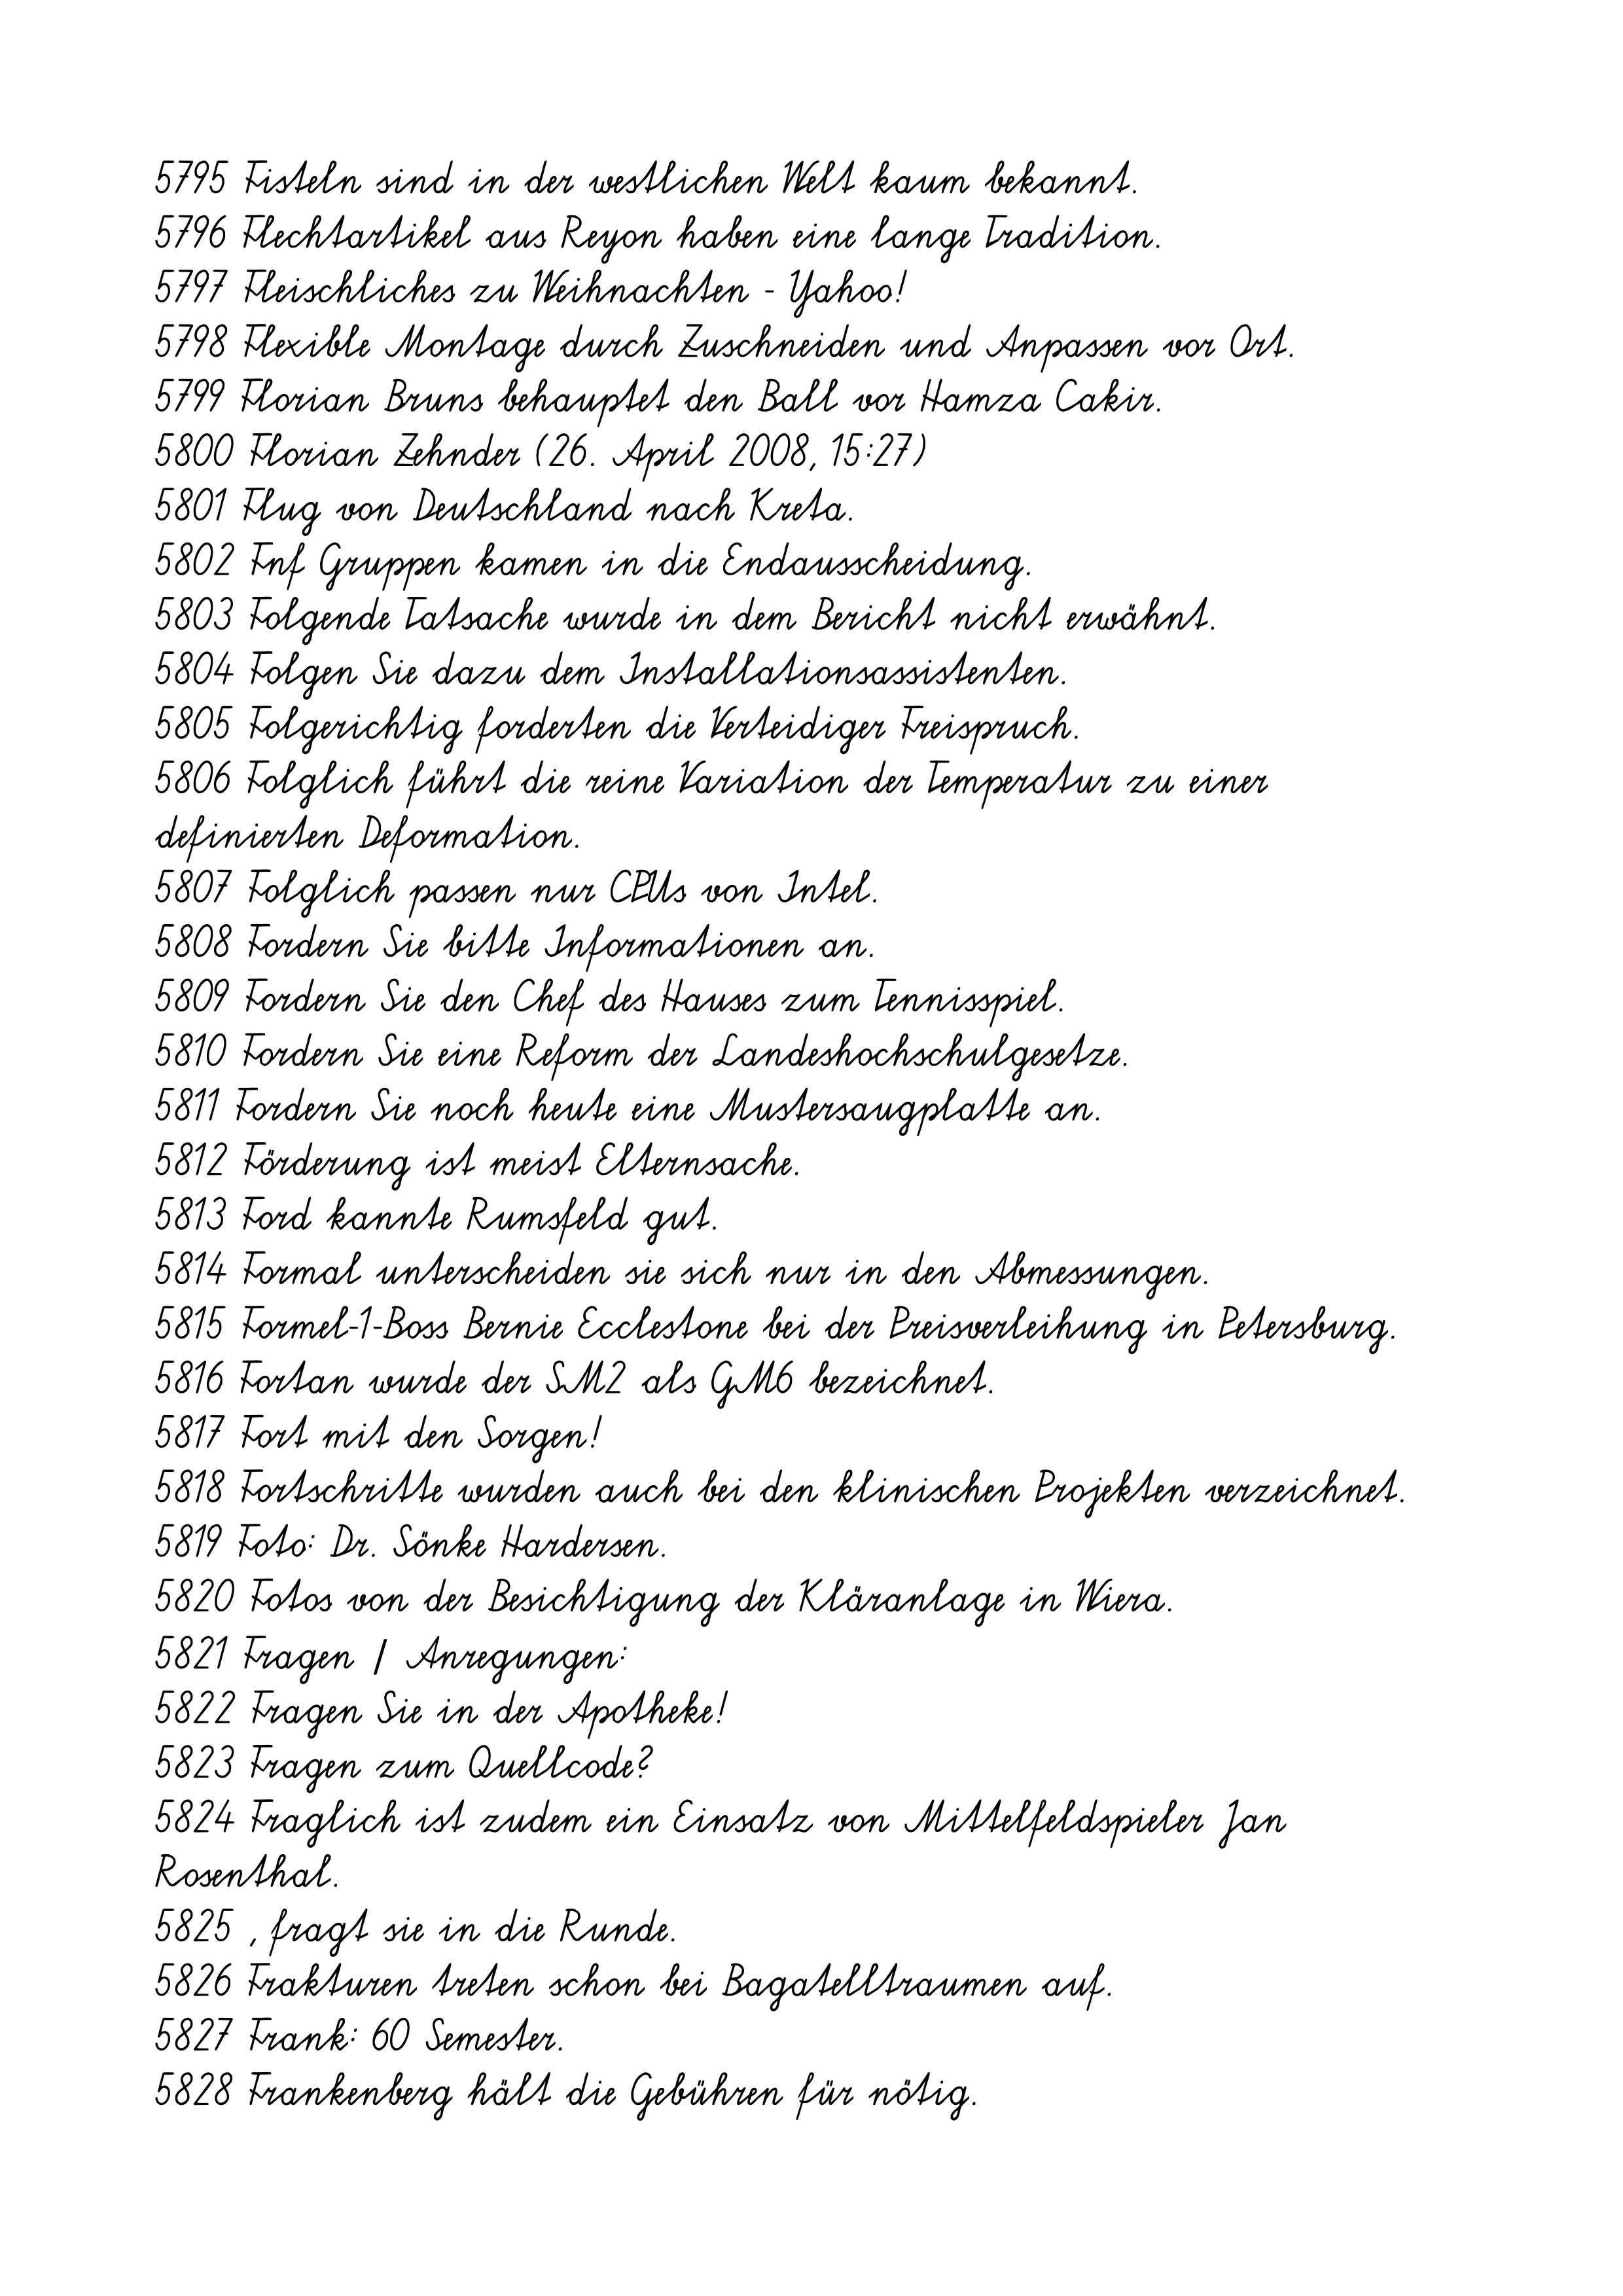
5795 Fisteln sind in der westlichen Welt kaum bekannt.
5796 Flechtartikel aus Reyon haben eine lange Tradition.
5797 Fleischliches zu Weihnachten - Yahoo!
5798 Flexible Montage durch Zuschneiden und Anpassen vor Ort.
5799 Florian Bruns behauptet den Ball vor Hamza Cakir.
5800 Florian Zehnder (26. April 2008, 15:27)
5801 Flug von Deutschland nach Kreta.
5802 Fnf Gruppen kamen in die Endausscheidung.
5803 Folgende Tatsache wurde in dem Bericht nicht erwähnt.
5804 Folgen Sie dazu dem Installationsassistenten.
5805 Folgerichtig forderten die Verteidiger Freispruch.
5806 Folglich führt die reine Variation der Temperatur zu einer
definierten Deformation.
5807 Folglich passen nur CPUs von Intel.
5808 Fordern Sie bitte Informationen an.
5809 Fordern Sie den Chef des Hauses zum Tennisspiel.
5810 Fordern Sie eine Reform der Landeshochschulgesetze.
5811 Fordern Sie noch heute eine Mustersaugplatte an.
5812 Förderung ist meist Elternsache.
5813 Ford kannte Rumsfeld gut.
5814 Formal unterscheiden sie sich nur in den Abmessungen.
5815 Formel-1-Boss Bernie Ecclestone bei der Preisverleihung in Petersburg.
5816 Fortan wurde der SM2 als GM6 bezeichnet.
5817 Fort mit den Sorgen!
5818 Fortschritte wurden auch bei den klinischen Projekten verzeichnet.
5819 Foto: Dr. Sönke Hardersen.
5820 Fotos von der Besichtigung der Kläranlage in Wiera.
5821 Fragen / Anregungen:
5822 Fragen Sie in der Apotheke!
5823 Fragen zum Quellcode?
5824 Fraglich ist zudem ein Einsatz von Mittelfeldspieler Jan
Rosenthal.
5825 , fragt sie in die Runde.
5826 Frakturen treten schon bei Bagatelltraumen auf.
5827 Frank: 60 Semester.
5828 Frankenberg hält die Gebühren für nötig.